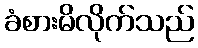
ခံစားမိလိုက်သည်